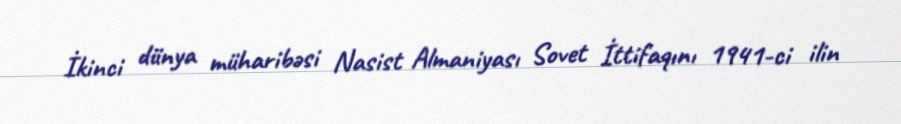
İkinci dünya müharibəsi Nasist Almaniyası Sovet İttifaqını 1941-ci ilin